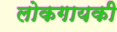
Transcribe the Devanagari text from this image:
लोकगायकी